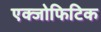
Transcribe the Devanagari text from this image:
एक्जोफिटिक